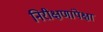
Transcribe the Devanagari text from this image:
निरीक्षणांपेक्षा